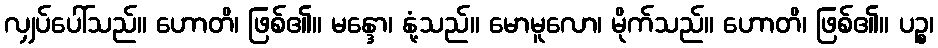
လျှပ်ပေါ်သည်။ ဟောတိ၊ ဖြစ်၏။ မန္ဒော၊ နုံ့သည်။ မောမူလော၊ မိုက်သည်။ ဟောတိ၊ ဖြစ်၏။ ပဉ္စ၊